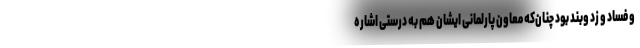
و فساد و زد وبند بود چنان‌که معاون پارلمانی ایشان هم به درستی اشاره